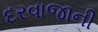
દરવાજાની